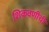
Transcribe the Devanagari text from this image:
शिकवणीची